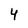
Character: 4